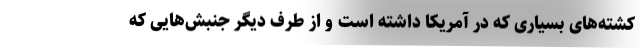
کشته‌های بسیاری که در آمریکا داشته است و از طرف دیگر جنبش‌هایی که